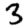
Digit: 3